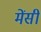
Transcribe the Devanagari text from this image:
मेंसी